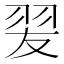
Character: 𦐓